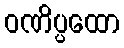
ဝဏိပ္ပထော